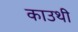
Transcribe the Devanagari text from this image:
काउथी